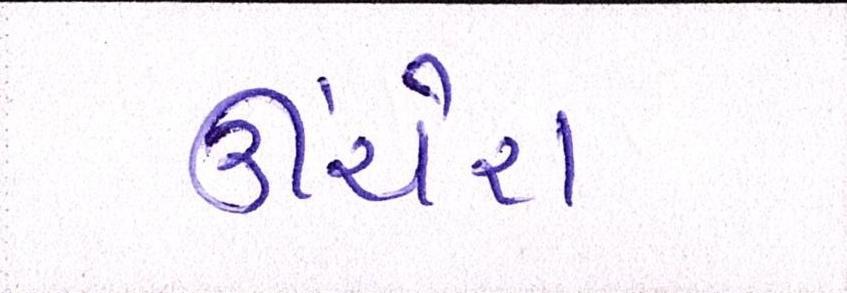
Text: ઊંચેરા